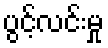
ပွင့်လင်းမှု